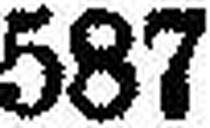
587